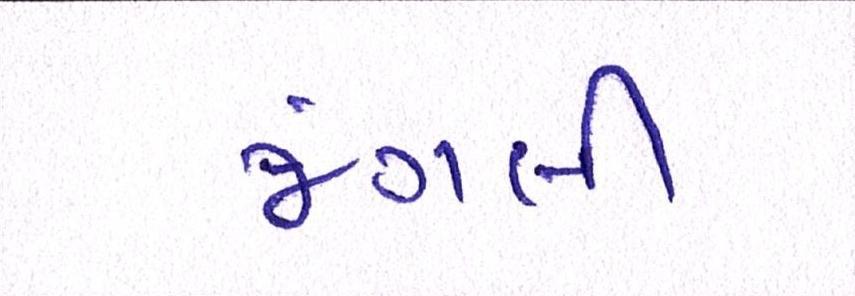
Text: જંગલી